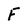
Character: F